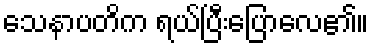
သေနာပတိက ရယ်ပြီးပြောလေ၏။